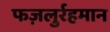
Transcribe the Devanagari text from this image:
फज़लुर्रहमान